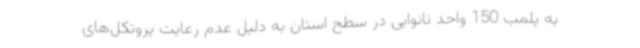
به پلمب 150 واحد نانوایی در سطح استان به دلیل عدم رعایت پروتکل‌های